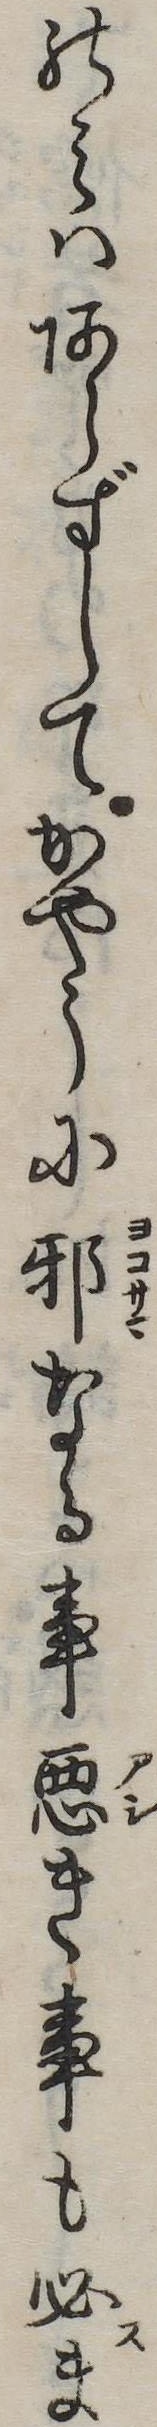
のみはあらずしてかやうに邪なる事悪き事も必ま